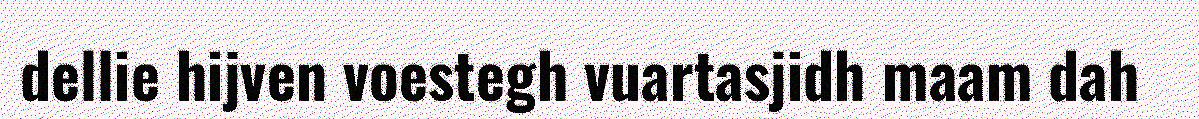
dellie hijven voestegh vuartasjidh maam dah